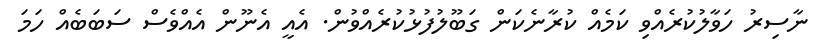
ނާސިރު ހަވާލުކުރެއްވި ކަމެއް ކުރާނެކަން ގަބޫލުފުޅުކުރެއްވުން. އެއީ އެނޫން އެއްވެސް ސަބަބެއް ހަމަ